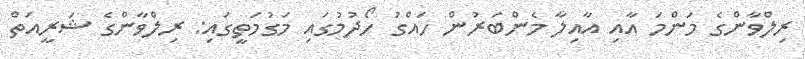
ރިލްވާންގެ މަންމަ އާއި އާއިލާ މެންބަރުން ހައްގު ހޯދުމުގައި މަގުމަތީގައި: ރިލްވާންގެ ޝަރީއަތް